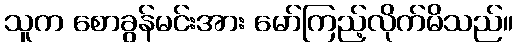
သူက စောခွန်မင်းအား မော်ကြည့်လိုက်မိသည်။